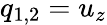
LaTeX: q_{1,2}=u_{z}